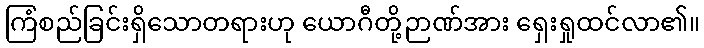
ကြံစည်ခြင်းရှိသောတရားဟု ယောဂီတို့ဉာဏ်အား ရှေးရှုထင်လာ၏။